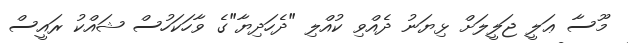
މޫސާ ޢަލީ ޖަލީލަށް ޅިޔަނު ދެއްވި ކުއްލި "ދެހަދިޔާ"ގެ ވާހަކަހުސް ޝައްކު ރައީސް